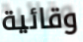
وقائية